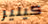
كيلير